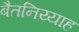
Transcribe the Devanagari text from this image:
बैतनिय्याह